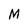
Character: M